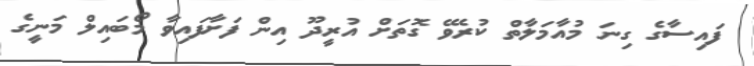
ފައިސާގެ ގިނަ މުއާމަލާތް ކުރެވޭ ގޮތަށް އުރީދޫ އިން ފަށާފައިވާ މޯބައިލް މަނީގެ